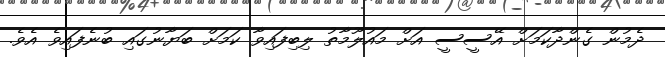
ދެމުން ގެންދާކަމަށް އޭސީސީ އަށް މައުލޫމާތު ލިބިފައިވާ ކަމަށް ބަޔާނުގައި ބުނެފައިވެ އެވެ.